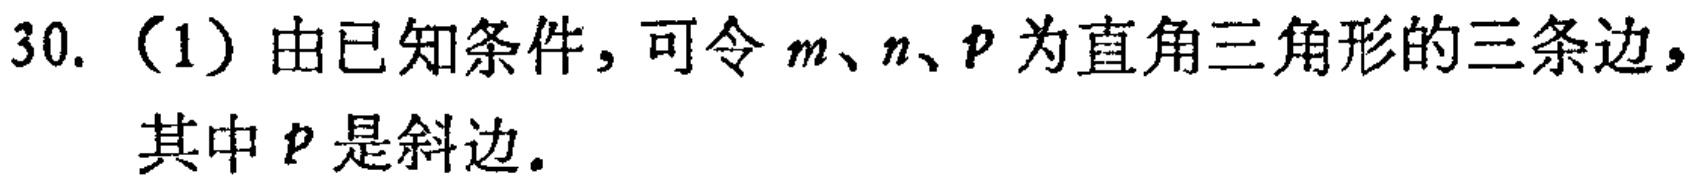
30.（1）由已知条件，可令\(m、n、p\)为直角三角形的三条边，其中\(p\)是斜边。